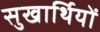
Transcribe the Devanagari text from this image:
सुखार्थियों